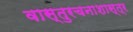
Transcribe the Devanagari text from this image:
वास्तुरचनाशास्त्र